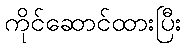
ကိုင်ဆောင်ထားပြီး